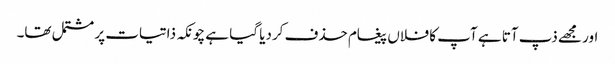
اور مجھے ذپ آتا ہے آپ کا فلاں پیغام حذف کردیا گیا ہے چونکہ ذاتیات پر مشتمل تھا۔